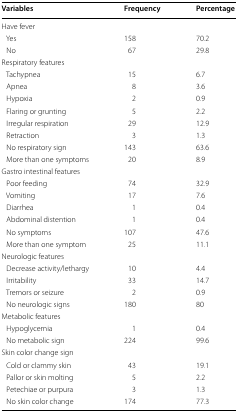
<table><thead><tr><td><b>Variables</b></td><td><b>Frequency</b></td><td><b>Percentage</b></td></tr></thead><tbody><tr><td colspan="3">Have fever</td></tr><tr><td> Yes</td><td>158</td><td>70.2</td></tr><tr><td> No</td><td>67</td><td>29.8</td></tr><tr><td colspan="3">Respiratory features</td></tr><tr><td> Tachypnea</td><td>15</td><td>6.7</td></tr><tr><td> Apnea</td><td>8</td><td>3.6</td></tr><tr><td> Hypoxia</td><td>2</td><td>0.9</td></tr><tr><td> Flaring or grunting</td><td>5</td><td>2.2</td></tr><tr><td> Irregular respiration</td><td>29</td><td>12.9</td></tr><tr><td> Retraction</td><td>3</td><td>1.3</td></tr><tr><td> No respiratory sign</td><td>143</td><td>63.6</td></tr><tr><td> More than one symptoms</td><td>20</td><td>8.9</td></tr><tr><td colspan="3">Gastro intestinal features</td></tr><tr><td> Poor feeding</td><td>74</td><td>32.9</td></tr><tr><td> Vomiting</td><td>17</td><td>7.6</td></tr><tr><td> Diarrhea</td><td>1</td><td>0.4</td></tr><tr><td> Abdominal distention</td><td>1</td><td>0.4</td></tr><tr><td> No symptoms</td><td>107</td><td>47.6</td></tr><tr><td> More than one symptom</td><td>25</td><td>11.1</td></tr><tr><td colspan="3">Neurologic features</td></tr><tr><td> Decrease activity/lethargy</td><td>10</td><td>4.4</td></tr><tr><td> Irritability</td><td>33</td><td>14.7</td></tr><tr><td> Tremors or seizure</td><td>2</td><td>0.9</td></tr><tr><td> No neurologic signs</td><td>180</td><td>80</td></tr><tr><td colspan="3">Metabolic features</td></tr><tr><td> Hypoglycemia</td><td>1</td><td>0.4</td></tr><tr><td> No metabolic sign</td><td>224</td><td>99.6</td></tr><tr><td colspan="3">Skin color change sign</td></tr><tr><td> Cold or clammy skin</td><td>43</td><td>19.1</td></tr><tr><td> Pallor or skin molting</td><td>5</td><td>2.2</td></tr><tr><td> Petechiae or purpura</td><td>3</td><td>1.3</td></tr><tr><td> No skin color change</td><td>174</td><td>77.3</td></tr></tbody></table>